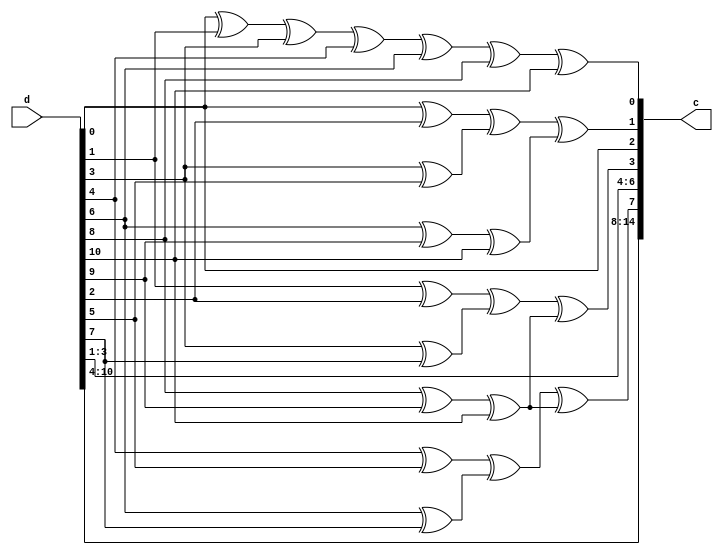
module ham_15_11_encoder_2 (d,c);
	output [14:0] c;
	input [10:0] d;
		assign c[2]=d[0];
		assign c[4]=d[1];
		assign c[5]=d[2];
		assign c[6]=d[3];
		assign c[8]=d[4];
		assign c[9]=d[5];
		assign c[10]=d[6];
		assign c[11]=d[7];
		assign c[12]=d[8];
		assign c[13]=d[9];
		assign c[14]=d[10];
        assign c[0]=d[0]^d[1]^d[3]^d[4]^d[6]^d[8]^d[10];
		assign c[1]=((d[0]^d[2])^(d[3]^d[5]))^((d[6]^d[9])^d[10]);
		assign c[3]=((d[1]^d[2])^(d[3]^d[7]))^((d[8]^d[9])^d[10]);
		assign c[7]=((d[4]^d[5])^(d[6]^d[7]))^((d[8]^d[9])^d[10]);
endmodule